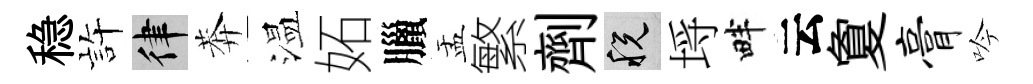
稳静律莾温妬臘盂繁劑税埓畔云夐膏吟